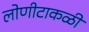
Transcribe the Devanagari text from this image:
लोणीटाकळी